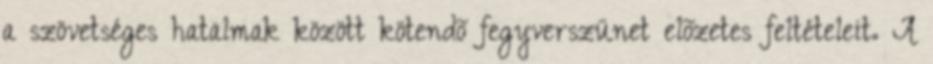
a szövetséges hatalmak között kötendõ fegyverszünet elõzetes feltételeit. A